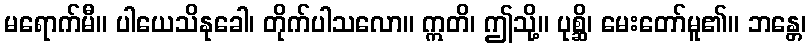
မရောက်မီ။ ပါယေသိနုခေါ၊ တိုက်ပါသလော။ ဣတိ၊ ဤသို့။ ပုစ္ဆိ၊ မေးတော်မူ၏။ ဘန္တေ၊